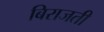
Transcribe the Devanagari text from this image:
बिराजती